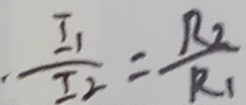
. \frac { I _ { 1 } } { I _ { 2 } } = \frac { R _ { 2 } } { R _ { 1 } }